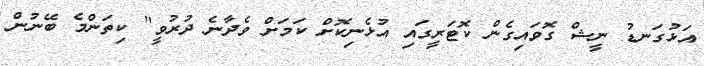
އަޅުގަނޑު ނީޝް ގޮވައިގެން ކޮޓަރީގައި އުޅެނިކޮށް ކަމަށް ވެދާނެ ދުރުވީ" ކިތަންމެ ބޭނުން